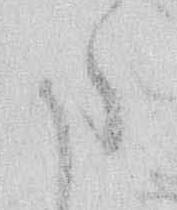
た